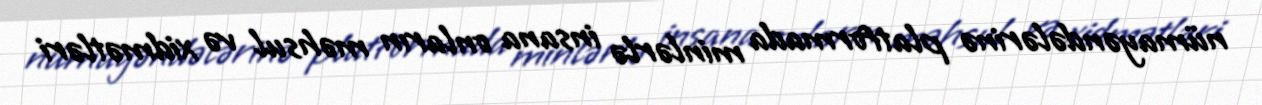
nümayəndələrinə platformada minlərlə insana onların məhsul və xidmətləri